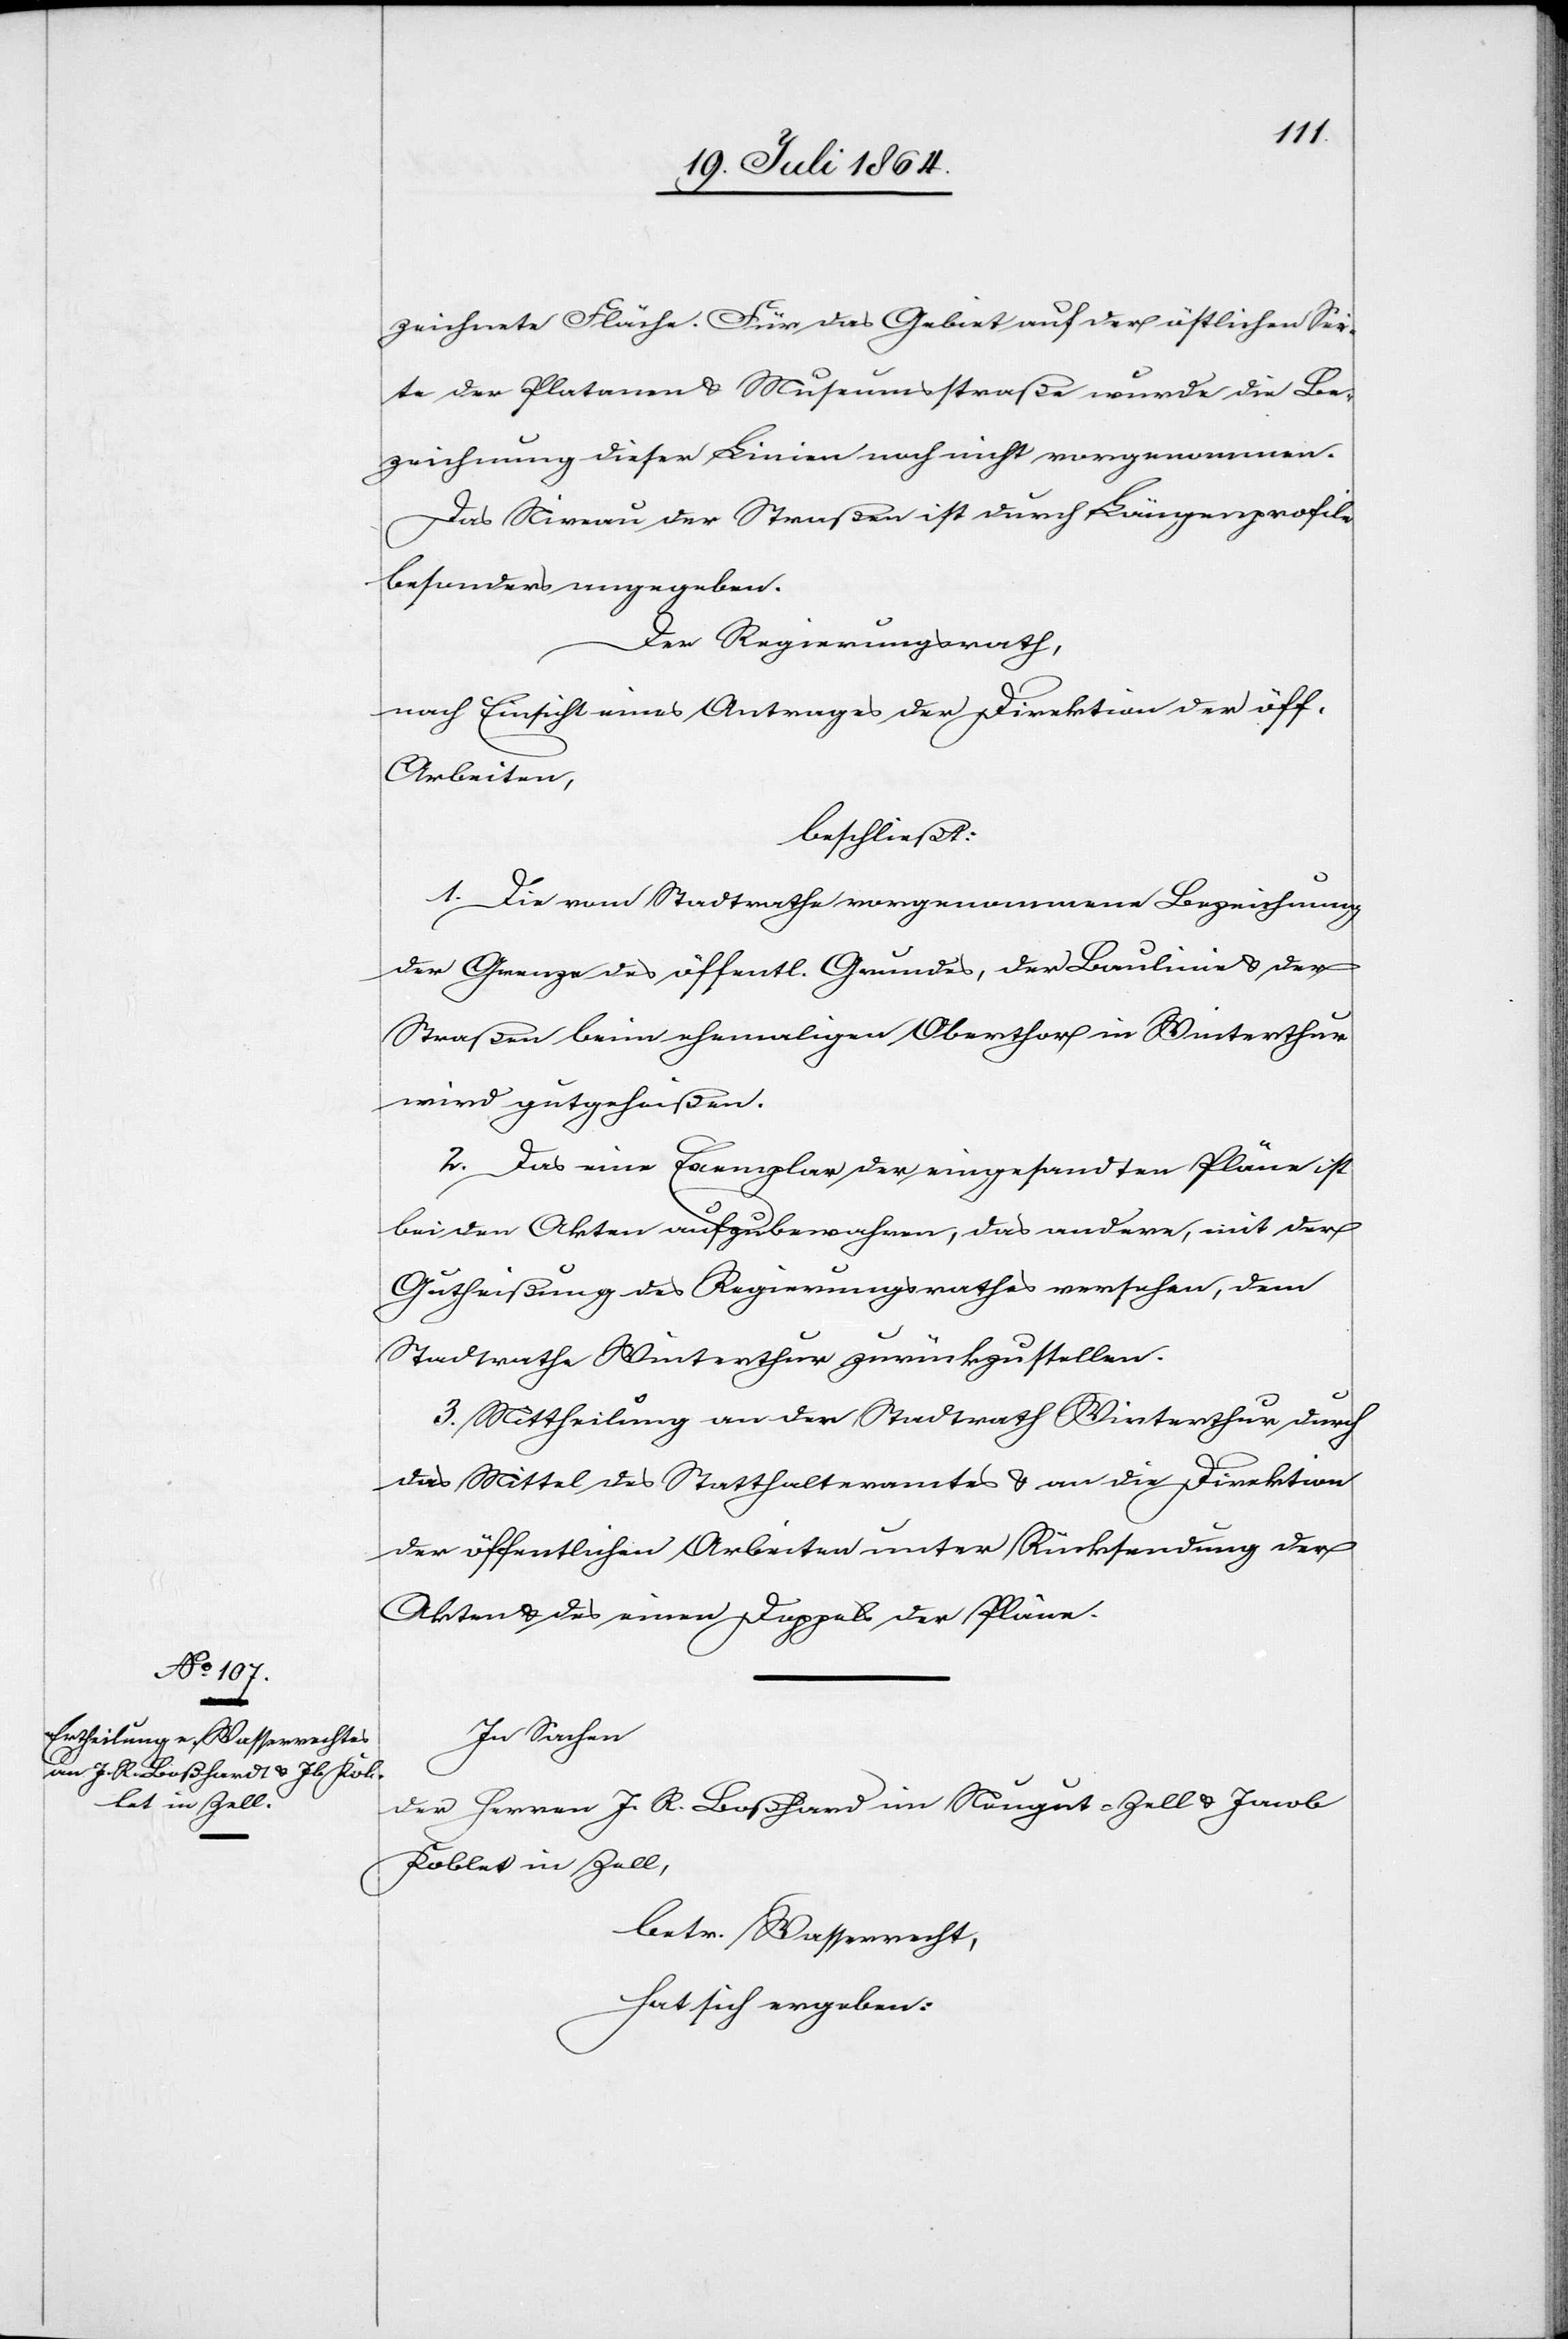
zeichnete Fläche. Für das Gebiet auf der östlichen Sei¬
te der Platanen u. Museumsstraße wurde die Be¬
zeichnung dieser Linien noch nicht vorgenommen.
Das Niveau der Straßen ist durch Längenprofile
besonders angegeben.
Der Regierungsrath,
nach Einsicht eines Antrages der Direktion der öff.
Arbeiten,
beschließt:
1. Die vom Stadtrathe vorgenommene Bezeichnung
der Grenze des öffentl. Grundes, der Baulinie u. der
Straßen beim ehemaligen Oberthor in Winterthur
wird gutgeheißen.
2. Das eine Exemplar der eingesandten Pläne ist
bei den Akten aufzubewahren, das andere, mit der
Gutheißung des Regierungsrathes versehen, dem
Stadtrathe Winterthur zurückzustellen.
3. Mittheilung an den Stadtrath Winterthur durch
das Mittel des Statthalteramtes u. an die Direktion
der öffentlichen Arbeiten unter Rücksendung der
Akten u. des einen Doppel der Pläne.
In Sachen
der Herren J. R. Boßhard im Neugut-Zell u. Jacob
Koblet in Zell,
betr. Wasserrecht,
hat sich ergeben: